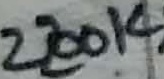
Text: 2200K